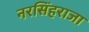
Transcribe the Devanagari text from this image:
नरसिंहराजा